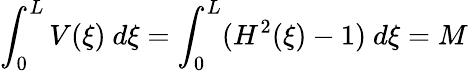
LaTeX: \int_{0}^{L}V(\xi)~d\xi=\int_{0}^{L}(H^{2}(\xi)-1)~d\xi=M